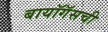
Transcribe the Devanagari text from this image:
बायॉगॅसची